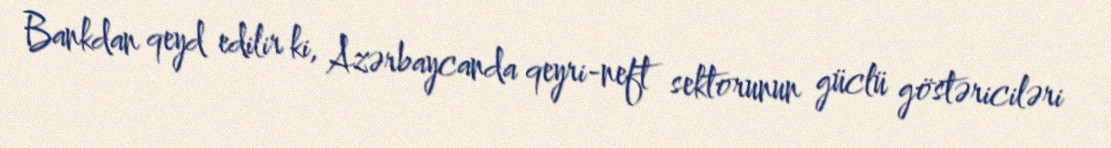
Bankdan qeyd edilir ki, Azərbaycanda qeyri-neft sektorunun güclü göstəriciləri